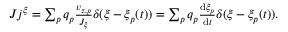
\begin{array} { r } { J j ^ { \xi } = \sum _ { p } q _ { p } \frac { v _ { z , p } } { J _ { \xi } } \delta ( \xi - \xi _ { p } ( t ) ) = \sum _ { p } q _ { p } \frac { \mathrm { d } \xi _ { p } } { \mathrm { d } t } \delta ( \xi - \xi _ { p } ( t ) ) . } \end{array}